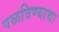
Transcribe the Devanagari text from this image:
पळविण्याचा